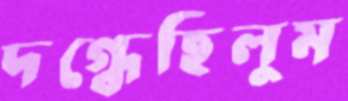
দগ্ধেছিলুম